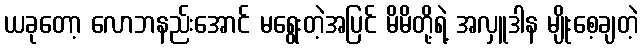
ယခုတော့ လောဘနည်းအောင် မရွေးတဲ့အပြင် မိမိတို့ရဲ့ အလှူဒါန မျိုးစေ့ချတဲ့